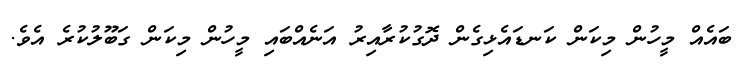
ބައެއް މީހުން މިކަން ކަނޑައެޅިގެން ދޮގުކުރާއިރު އަނެއްބައި މީހުން މިކަން ގަބޫލުކުރެ އެވެ.